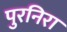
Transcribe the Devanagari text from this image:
पुरनिरा